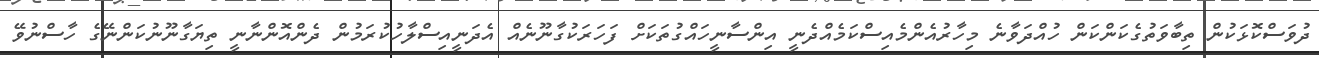
ދުވަސްކޮޅަކުން ތިބާވަތުގެކަންކަން ހުއްދަވާނެ މިހާރުއެންމެއިސްކަމެއްދެނީ އިންސާނީހައްގުތަކަށް ފަހަރަކުގާނޫނެއް އެދަނީއިސްލާހުކުރަމުން ދެންއޮންނާނީ ތިޔަގާނޫނުކަންނޭގެ ހާސްނުވޭ